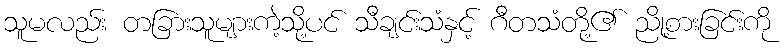
သူမလည်း တခြားသူများကဲ့သို့ပင် သီချင်းသံနှင့် ဂီတသံတို့၏ ညို့စားခြင်းကို